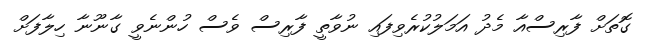
ގޮތަށް ފާރިސްއާ މެދު އަމަލުކުރެވިފައި ނުވާތީ ފާރިސް ވެސް ހުންނެވީ ގާނޫނާ ހިލާފަށް